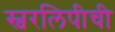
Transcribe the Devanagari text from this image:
स्वरलिपीची